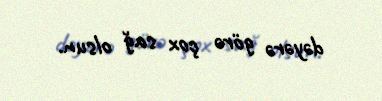
dəyərə görə çox sağ olsun.